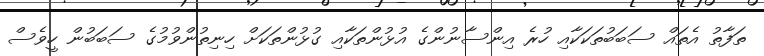
ތަފާތު އެތައް ސަބަބުތަކަކާއި ހުރެ އިންސާނުންގެ އުޅުންތަކާއި ގުޅުންތަކަށް ހިނިތުންވުމުގެ ސަބަބުން ހީވެސް